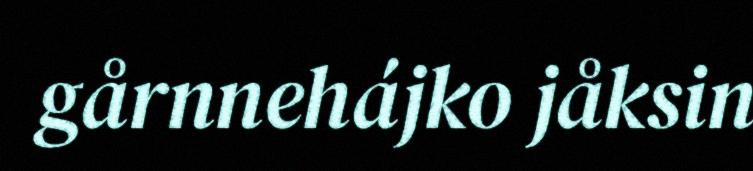
gårnnehájko jåksin